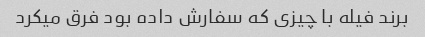
برند فیله با چیزی که سفارش داده بود فرق میکرد